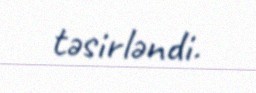
təsirləndi.